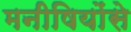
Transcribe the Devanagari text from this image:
मनीषियोंसे